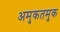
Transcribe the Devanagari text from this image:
अमुकतमुक